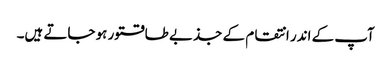
آپ کے اندر انتقام کے جذبے طاقتور ہو جاتے ہیں۔